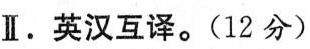
Ⅰ.英汉互译.(12 分)